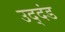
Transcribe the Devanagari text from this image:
उद्‌दंड